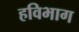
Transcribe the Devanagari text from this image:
हविभाग